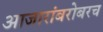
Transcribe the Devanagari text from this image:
आजारांबरोबरच